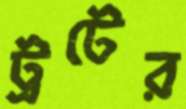
ট্রটের